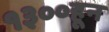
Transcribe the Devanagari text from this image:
१३००हून